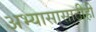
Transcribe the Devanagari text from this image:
अभ्यासासाठीही